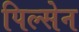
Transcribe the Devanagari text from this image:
पिल्सेन